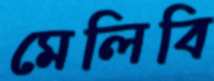
মেলিবি